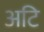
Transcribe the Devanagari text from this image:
अटि